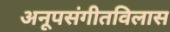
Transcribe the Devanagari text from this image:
अनूपसंगीतविलास